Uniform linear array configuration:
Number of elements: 32
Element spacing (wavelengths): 0.5
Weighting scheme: exponential
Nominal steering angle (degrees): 30
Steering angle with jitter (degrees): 30.756
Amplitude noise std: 0.05
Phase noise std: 0.05

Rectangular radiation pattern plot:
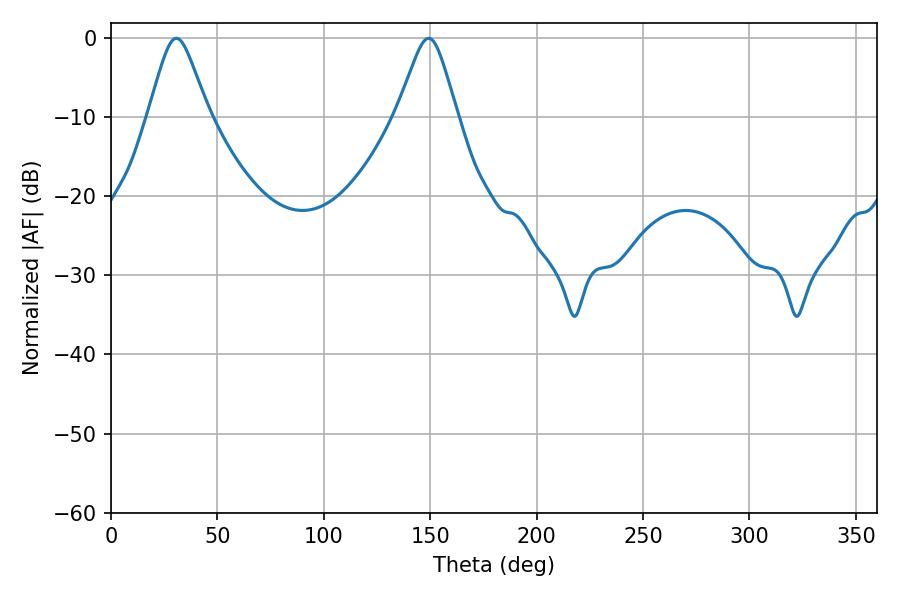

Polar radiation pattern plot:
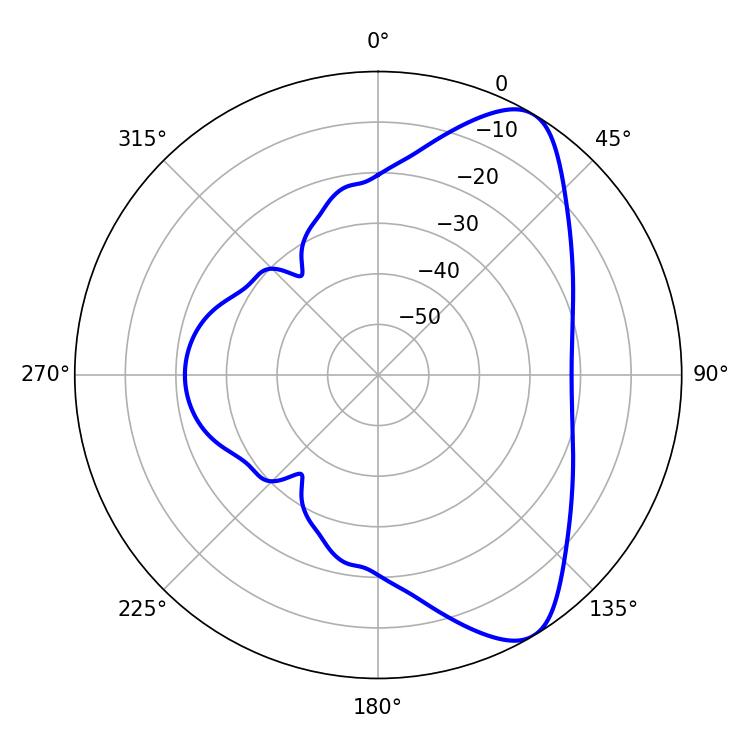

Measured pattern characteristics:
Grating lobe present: FALSE
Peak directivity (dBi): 8.16
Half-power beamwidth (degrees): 13.5
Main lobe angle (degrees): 30.78